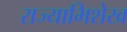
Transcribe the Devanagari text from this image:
राज्याभिशेख